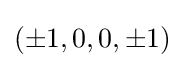
(\pm 1,0,0,\pm 1)